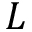
L